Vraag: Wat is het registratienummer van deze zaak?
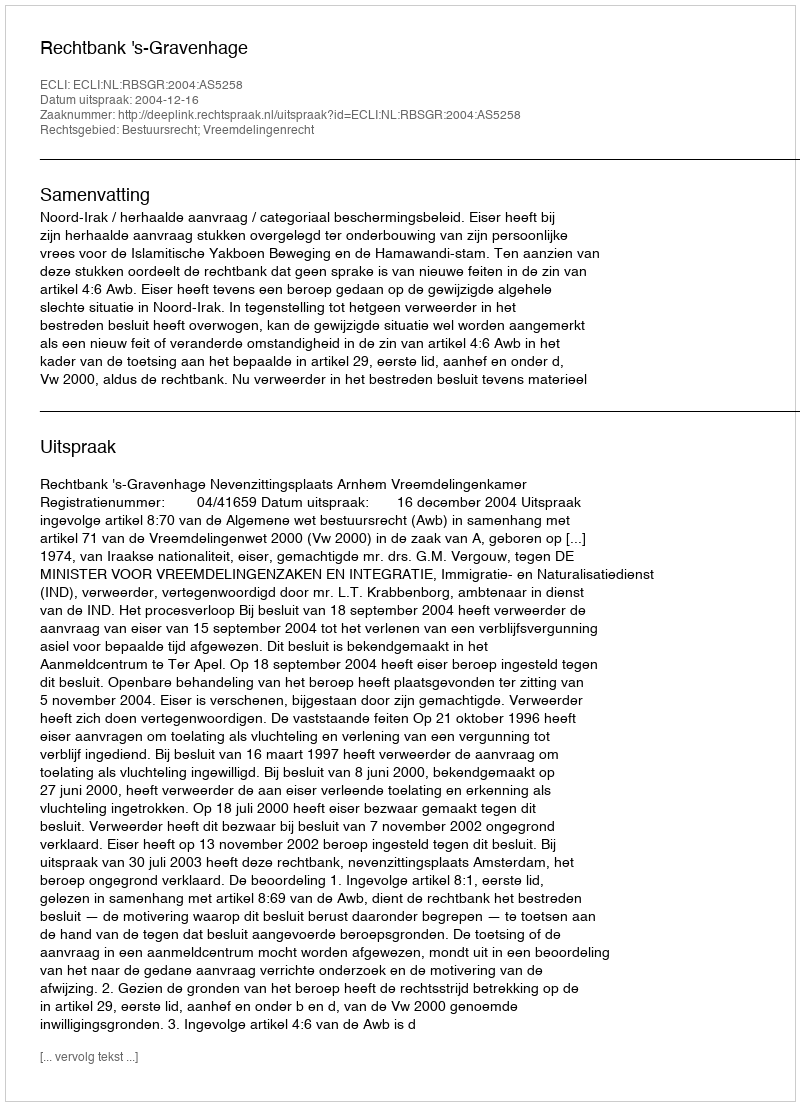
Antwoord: http://deeplink.rechtspraak.nl/uitspraak?id=ECLI:NL:RBSGR:2004:AS5258